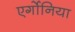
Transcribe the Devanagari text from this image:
एर्गोनिया